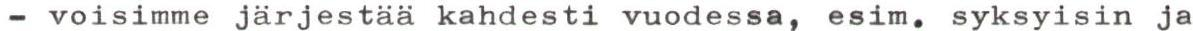
- voisimme järjestää kahdesti vuodessa, esim. syksyisin ja